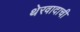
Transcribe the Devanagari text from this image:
थेरवादाची